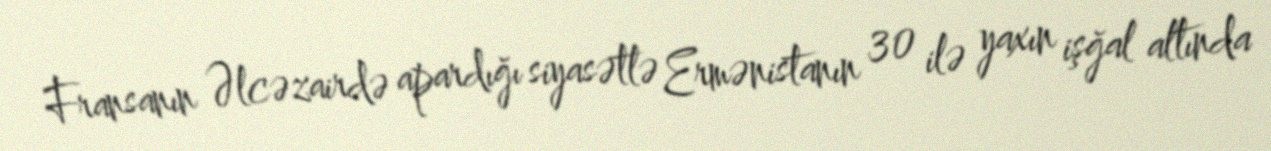
Fransanın Əlcəzairdə apardığı siyasətlə Ermənistanın 30 ilə yaxın işğal altında